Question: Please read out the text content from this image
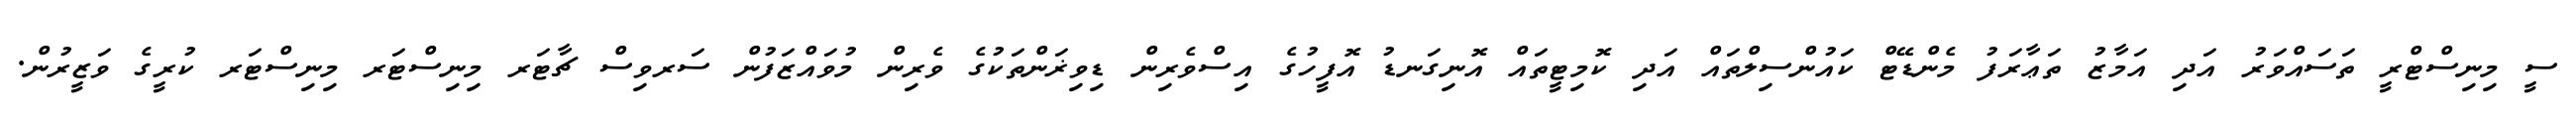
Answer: ސީ މިނިސްޓްރީ ތަސައްވަރު އަދި އަމާޒު ތަޢާރަފު މެންޑޭޓް ކައުންސިލްތައް އަދި ކޮމިޓީތައް އޮނިގަނޑު އޮފީހުގެ އިސްވެރިން ޑިވިޜަންތަކުގެ ވެރިން މުވައްޒަފުން ސަރވިސް ޗާޓަރ މިނިސްޓަރ މިނިސްޓަރ ކުރީގެ ވަޒީރުން.